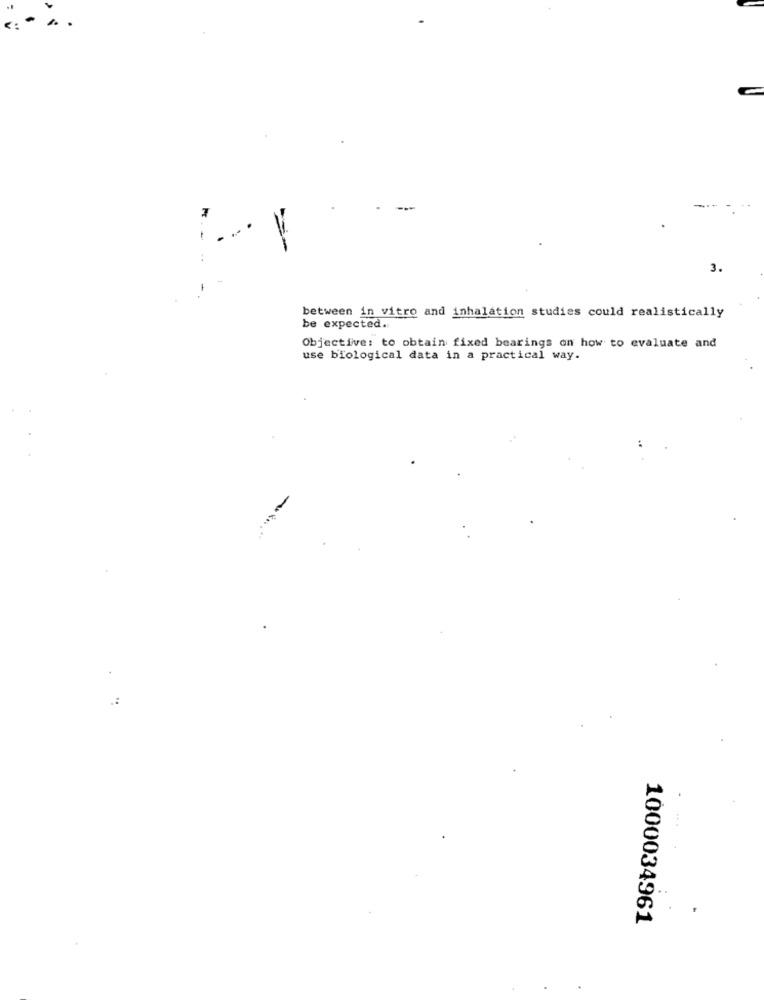
7
--
3.
between in vitro and inhalation studies could realistically
be expected ..
Objective: to obtain fixed bearings on how to evaluate and
use biological data in a practical way.
1000034961